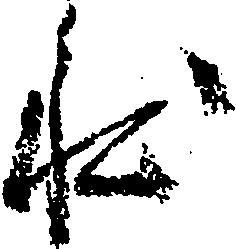
状